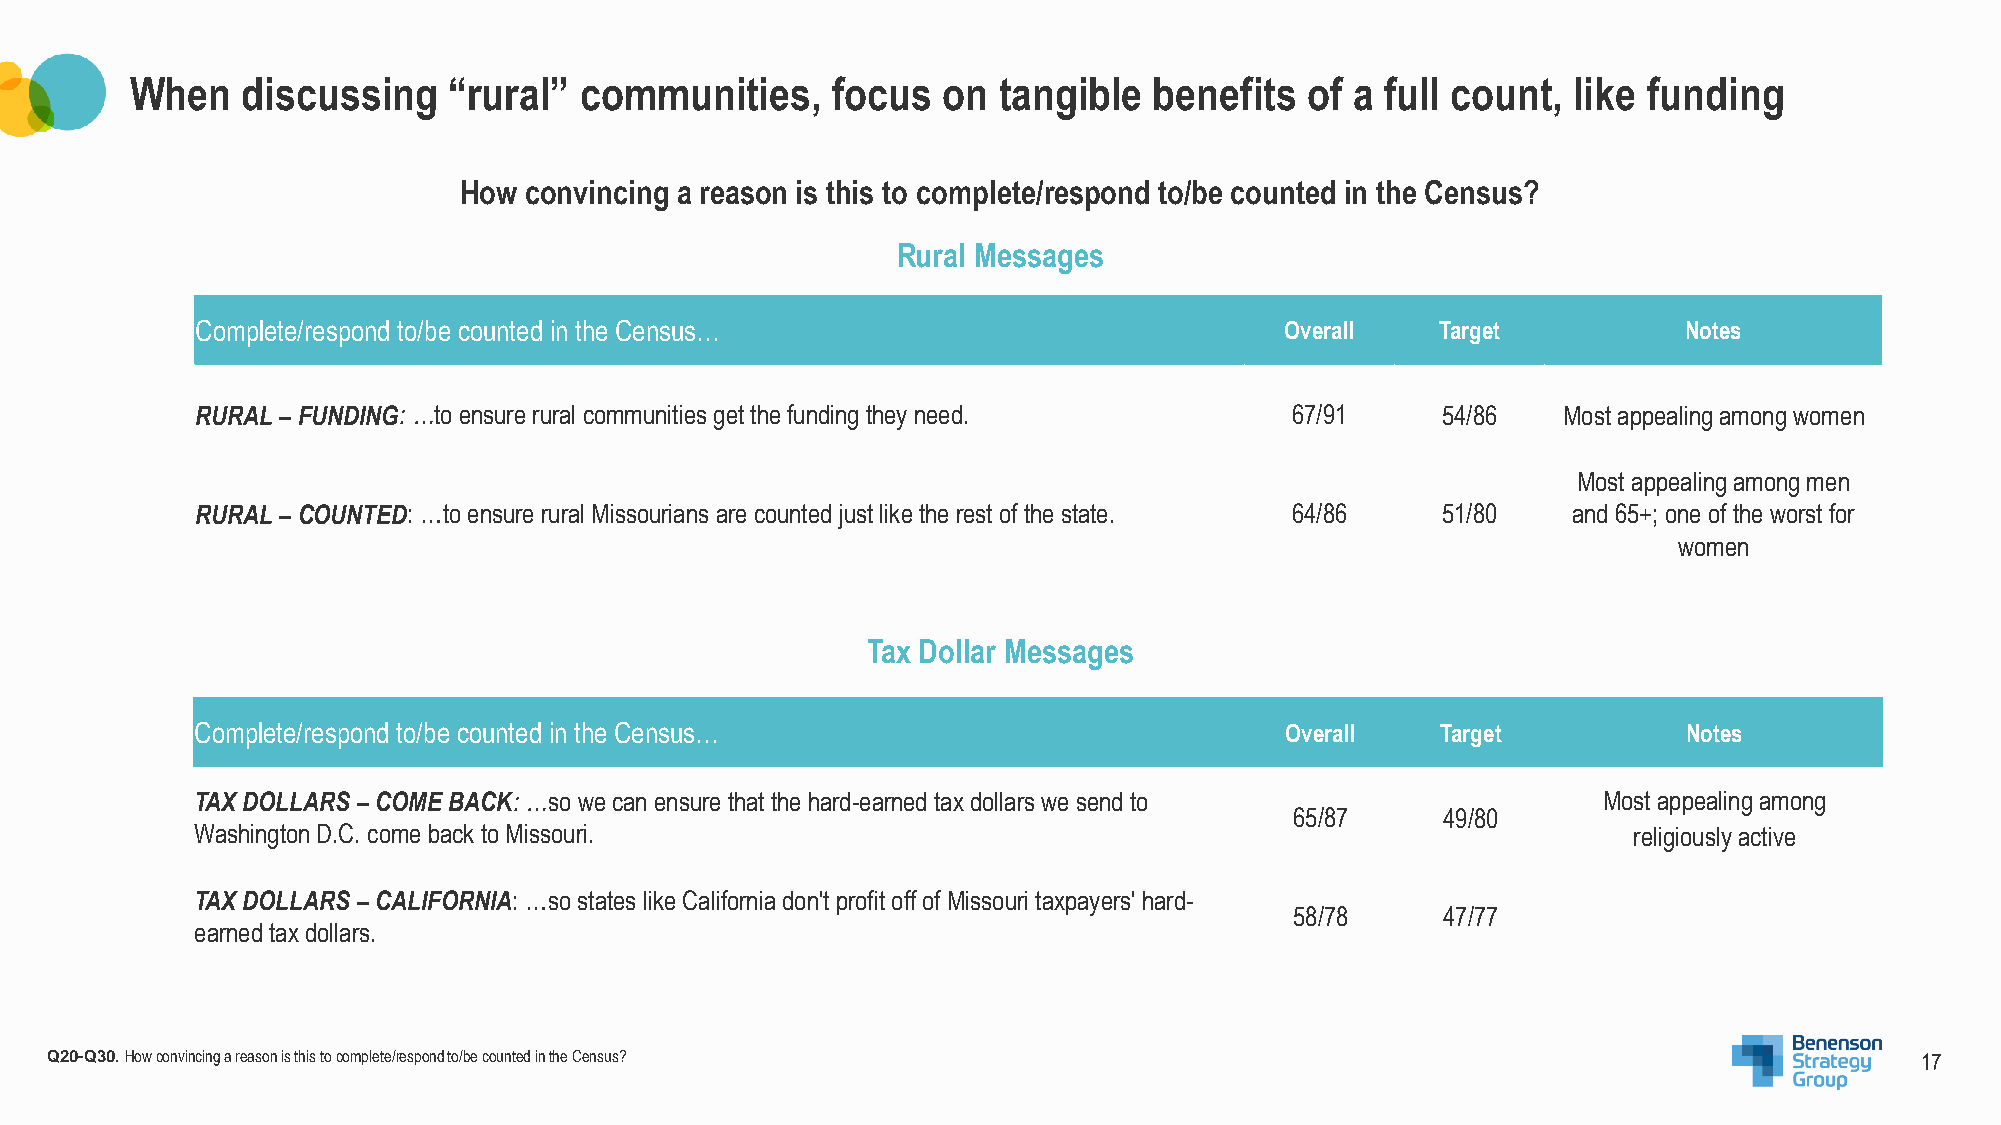
When   discussing    “rural” communities,     focus  on  tangible  benefits  of  a full count, like funding
 How  convincing a reason is this to complete/respond to/be counted in the Census?
 Rural Messages
 Complete/respond to/be counted in the Census…                           Overall   Target          Notes
 RURAL –FUNDING: …to ensure rural communities get the funding they need. 67/91     54/86   Most appealing among women
 Most appealing among men
 RURAL –COUNTED: …to ensure rural Missourians are counted just like the rest of the state. 64/86 51/80 and 65+; one of the worst for
 women
 Tax Dollar Messages
 Complete/respond to/be counted in the Census…                           Overall   Target           Notes
 TAX DOLLARS –COME BACK: …so we can ensure that the hard-earned tax dollars we send to        Most appealing among
 65/87    49/80
 Washington D.C. come back to Missouri.                                                         religiously active
 TAX DOLLARS –CALIFORNIA: …so states like California don't profit off of Missouri taxpayers' hard-
 58/78    47/77
 earned tax dollars.
 Q20-Q30. How convincing a reason is this to complete/respond to/be counted in the Census?                                   17